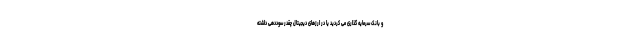
و بانک سرمایه گذاری می کردید یا در ارزهای دیجیتال چقدر سوددهی داشته